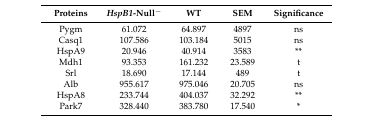
| Proteins | HspB1-Null− | WT | SEM | Significance |
 | --- | --- | --- | --- | --- |
 | Pygm | 61.072 | 64.897 | 4897 | ns |
 | Casq1 | 107.586 | 103.184 | 5015 | ns |
 | HspA9 | 20.946 | 40.914 | 3583 | ** |
 | Mdh1 | 93.353 | 161.232 | 23.589 | t |
 | Srl | 18.690 | 17.144 | 489 | t |
 | Alb | 955.617 | 975.046 | 20.705 | ns |
 | HspA8 | 233.744 | 404.037 | 32.292 | ** |
 | Park7 | 328.440 | 383.780 | 17.540 | * |